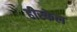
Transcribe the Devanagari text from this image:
हीस्केल